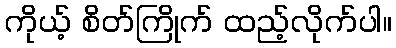
ကိုယ့် စိတ်ကြိုက် ထည့်လိုက်ပါ။